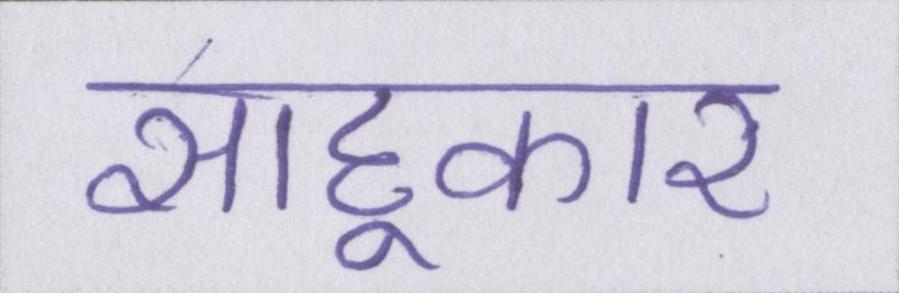
साहूकार